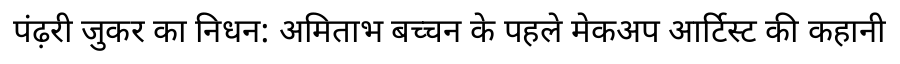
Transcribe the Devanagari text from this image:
पंढ़री जुकर का निधन: अमिताभ बच्चन के पहले मेकअप आर्टिस्ट की कहानी